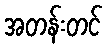
အတန်းတင်